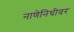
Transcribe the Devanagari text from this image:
नाणेनिधीवर